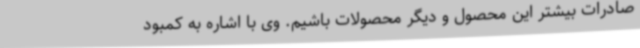
صادرات بیشتر این محصول و دیگر محصولات باشیم. وی با اشاره به کمبود